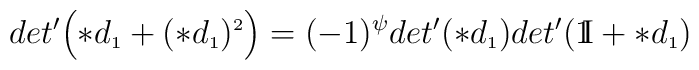
det'\Bigl(\ast d_{\scriptscriptstyle 1} + (\ast d_{\scriptscriptstyle 1})^{\scriptscriptstyle 2}\Bigr)=(-1)^{\psi}det'(\ast d_{\scriptscriptstyle 1})det'(\mathrm{1\mkern-5muI}+\ast d_{\scriptscriptstyle 1})